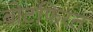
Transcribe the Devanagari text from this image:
बोटफिरत